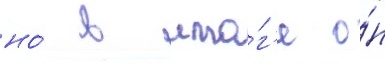
но́ в ито́г'е о́н